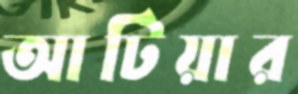
আটিয়ার